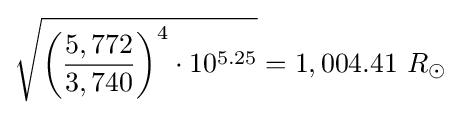
{\sqrt {{\biggl (}{\frac {5,772}{3,740}}{\biggr )}^{4}\cdot 10^{5.25}}}=1,004.41\ R_{\odot }